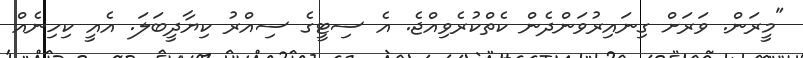
"މީރަން. ވަރަށް ގިނައިރުވަންދެން ކެތްކުރެވިއްޖެ. އެ ސިޓީގެ ސިއްރު ކިޔާދީބަލަ. އެއީ ކިހިނެއް